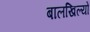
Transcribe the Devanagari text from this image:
बालखिल्यों